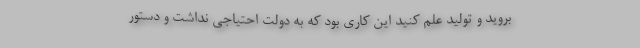
بروید و تولید علم کنید این کاری بود که به دولت احتیاجی نداشت و دستور